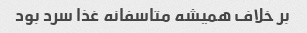
بر خلاف همیشه متاسفانه غذا سرد بود